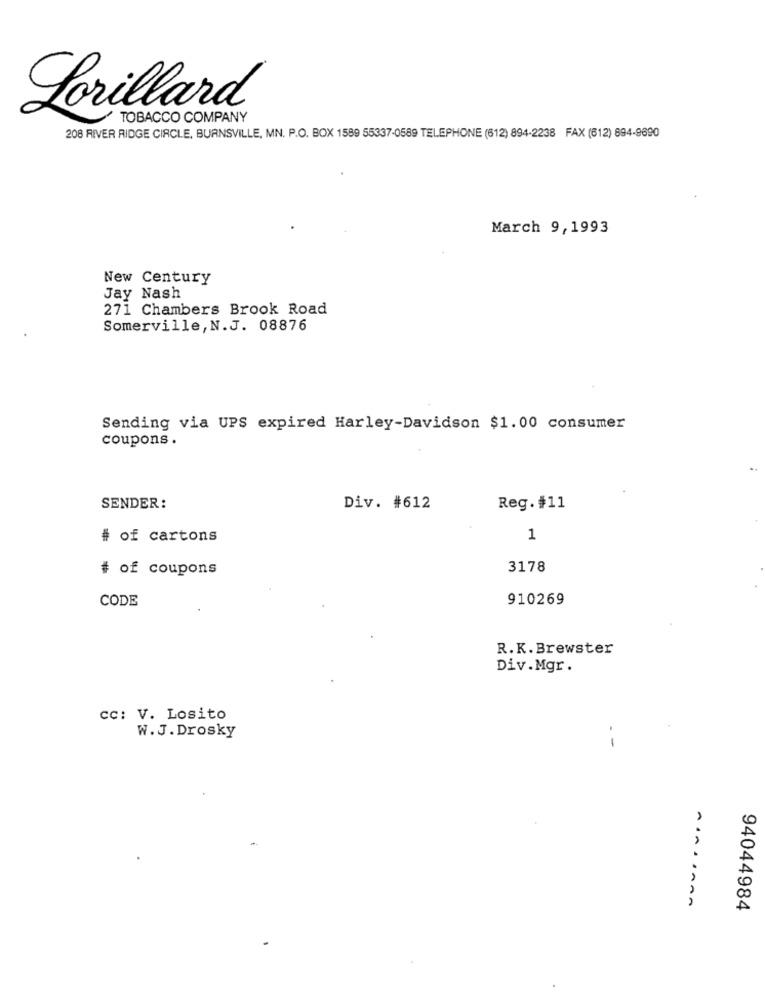
Lorillard
TOBACCO COMPANY
208 RIVER RIDGE CIRCLE, BURNSVILLE, MN. P.O. BOX 1589 55337-0589 TELEPHONE (612) 894-2238 FAX (612) 694-9690
March 9,1993
New Century
Jay Nash
271 Chambers Brook Road
Somerville, N.J. 08876
Sending via UPS expired Harley-Davidson $1.00 consumer
coupons .
SENDER:
Div. #612
Reg. #11
# of cartons
1
# of coupons
3178
CODE
910269
R.K.Brewster
Div.Mgr.
cc: V. Losito
W.J. Drosky
--
AIASSARA
94044984